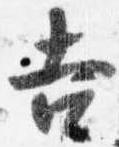
吉